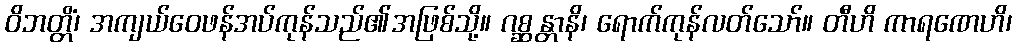
ဝိဘတ္တိံ၊ အကျယ်ဝေဖန်အပ်ကုန်သည်၏အဖြစ်သို့။ ဂစ္ဆန္တာနိ၊ ရောက်ကုန်လတ်သော်။ တီဟိ ကာရဏေဟိ၊